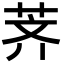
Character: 荠